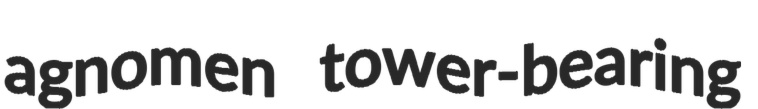
agnomen tower-bearing